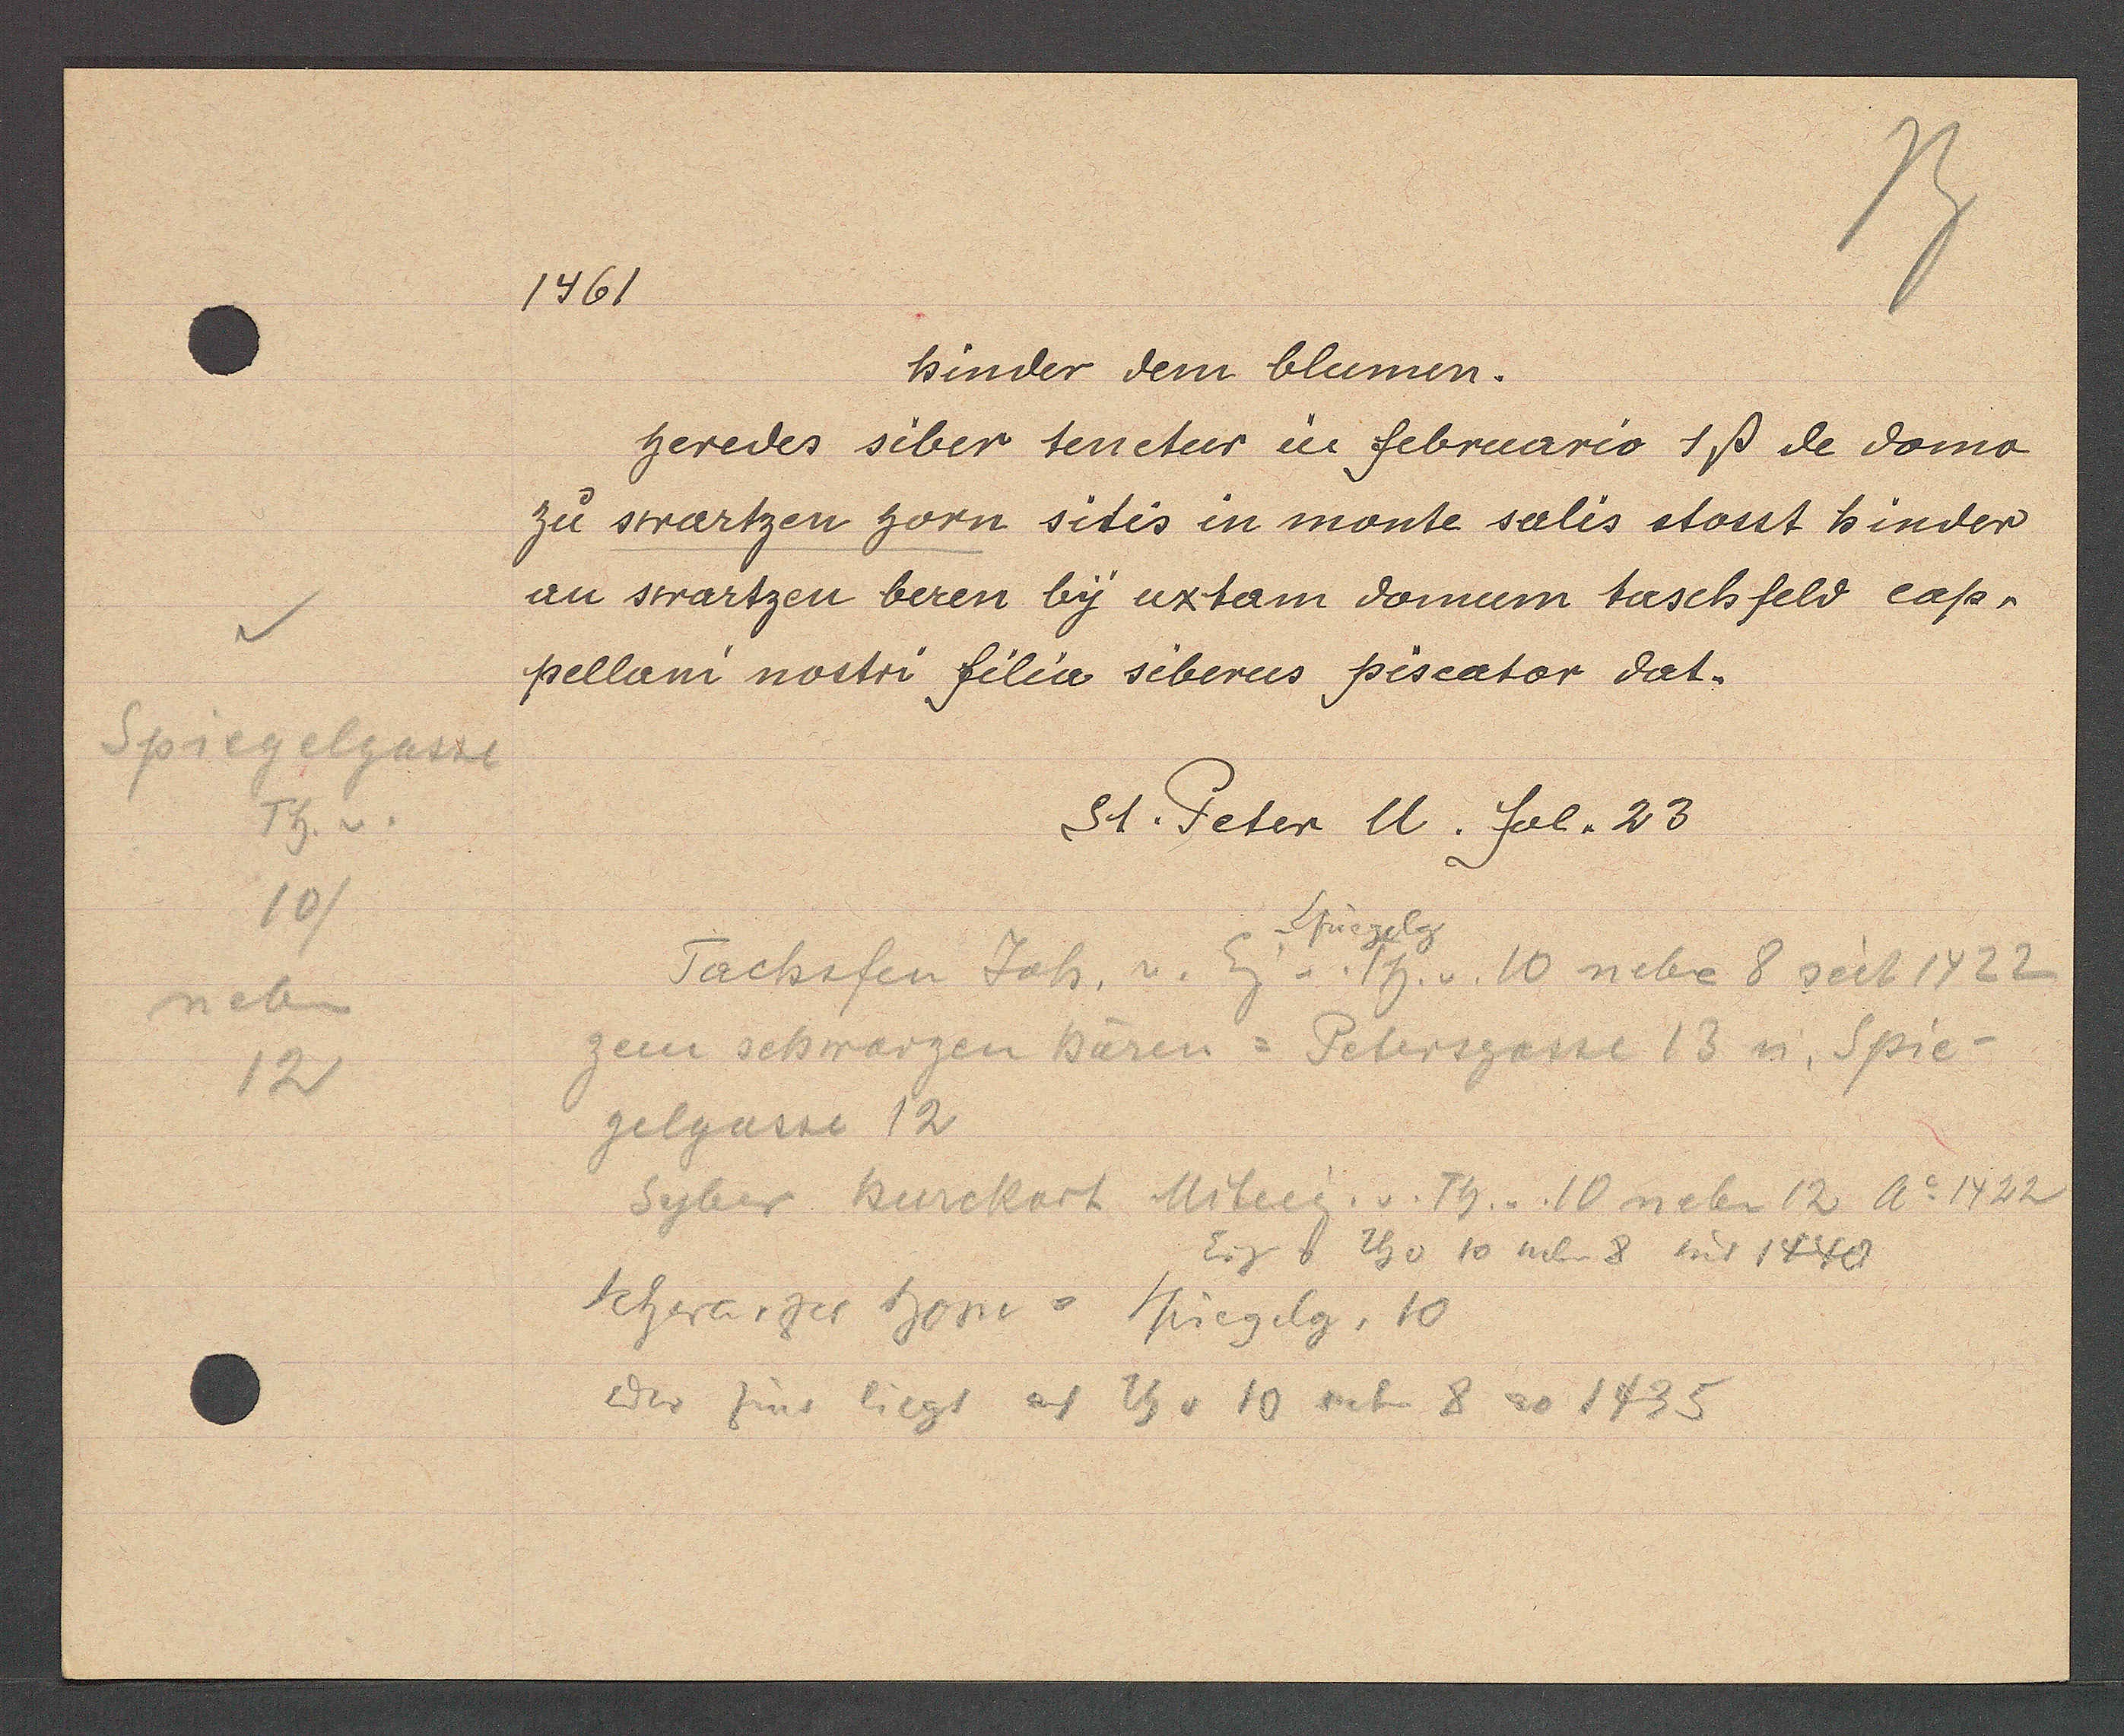
Transcript:
Spiegelgasse
Tb. v.
10/
 neben
12

1461

Binder dem blumen
Geredes siber tenetur u februario 1ß de domo
zu swartzen horn sitis in monte salis stosst hinder
an swartzen beren by uxtam domum taschfeld caß,
pellani nostri filia siberus piscator dat.

St. Peter U. fol. 23

Tachsfen Jah, v. Eig v. Th v. 10 nebe 8 seit 1422
Spiegelg
zem schwarzen Bären = Petersgasse 13 u. Spie-
gelgasse 12
Syber Burckart Miteig. v. Th. v. 10 neben 12 Ao 1422
Eig v th v 10 neben 8 seit 1440
Schwarzes horn = Spiegelg. 10
Der Zins liegt auf Th v 10 neb 8 ao 1435